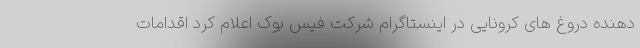
دهنده دروغ های کرونایی در اینستاگرام شرکت فیس بوک اعلام کرد اقدامات